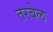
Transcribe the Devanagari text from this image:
तरबेल